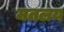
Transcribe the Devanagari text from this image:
मतलय